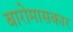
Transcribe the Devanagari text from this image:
बारोमासकार